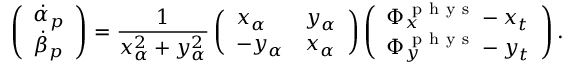
\left( \begin{array} { l } { \dot { \alpha } _ { p } } \\ { \dot { \beta } _ { p } } \end{array} \right) = \frac { 1 } { x _ { \alpha } ^ { 2 } + y _ { \alpha } ^ { 2 } } \left( \begin{array} { l l } { x _ { \alpha } } & { y _ { \alpha } } \\ { - y _ { \alpha } } & { x _ { \alpha } } \end{array} \right) \left( \begin{array} { l } { \Phi _ { x } ^ { \mathrm { ~ p ~ h ~ y ~ s ~ } } - x _ { t } } \\ { \Phi _ { y } ^ { \mathrm { ~ p ~ h ~ y ~ s ~ } } - y _ { t } } \end{array} \right) .